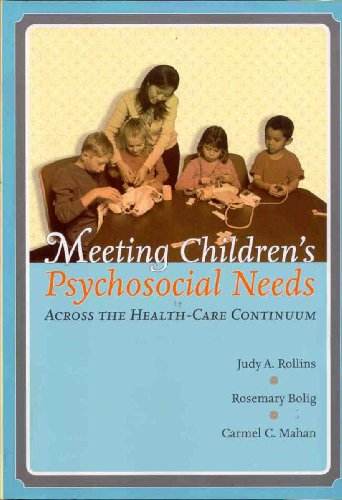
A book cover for Meeting Children's Psychosocial Needs Across The Health-Care Continuum; Judy Holt Rollins; Medical Books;